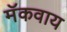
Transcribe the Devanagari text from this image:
मॅकवाय